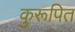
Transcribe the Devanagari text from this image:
कुरूपित